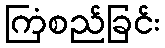
ကြံစည်ခြင်း